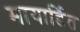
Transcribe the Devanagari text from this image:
मायार्डित